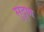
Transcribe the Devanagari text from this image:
सुदृण